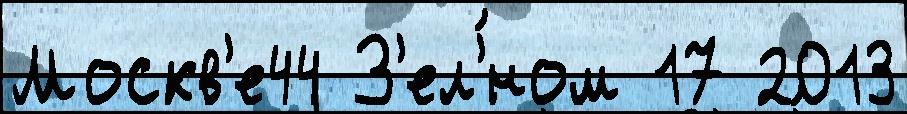
Москв'е44 З'ел'́ном 17 2013